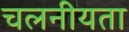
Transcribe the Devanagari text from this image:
चलनीयता